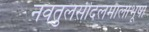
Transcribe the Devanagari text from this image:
नवतुलसीदलमालाभूषा